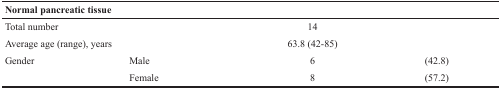
<table><thead><tr><td colspan="2"><b>Normal pancreatic tissue</b></td><td></td><td></td></tr></thead><tbody><tr><td>Total number</td><td></td><td>14</td><td></td></tr><tr><td>Average age (range), years</td><td></td><td>63.8 (42-85)</td><td></td></tr><tr><td>Gender</td><td>Male</td><td>6</td><td>(42.8)</td></tr><tr><td></td><td>Female</td><td>8</td><td>(57.2)</td></tr></tbody></table>